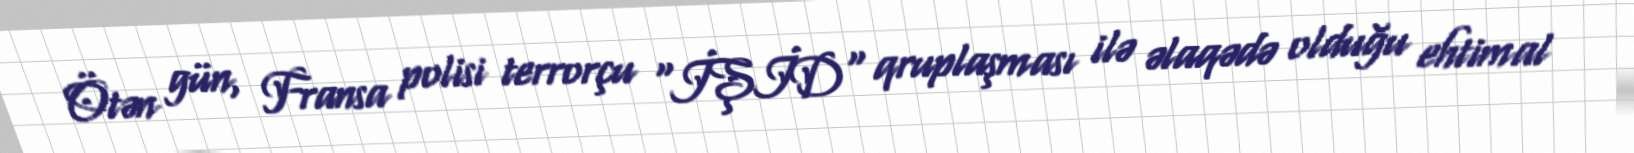
Ötən gün, Fransa polisi terrorçu "İŞİD" qruplaşması ilə əlaqədə olduğu ehtimal